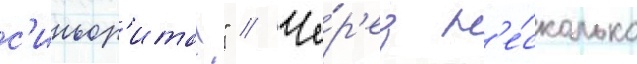
с'иньор'ита!" // Че́р'ез н'е́сколько